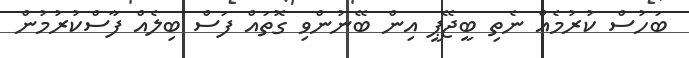
ބަހުސް ކުރުމެއް ނެތި ބީޖޭޕީ އިން ބޭނުންވި ގޮތައް ފަސް ބިލެއް ފާސްކުރުމުން